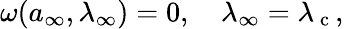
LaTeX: \begin{array}{r}{\omega({a}_{\infty},\lambda_{\infty})=0,\quad\lambda_{\infty}=\lambda_{\mathrm{~c~}},}\end{array}